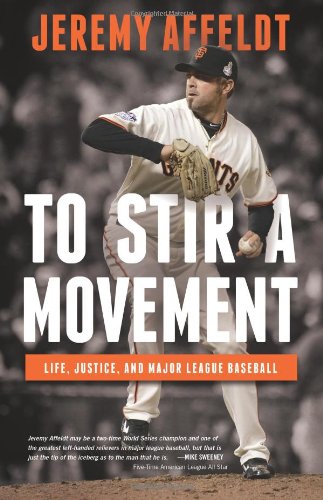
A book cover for To Stir a Movement: Life, Justice, and Major League Baseball; Jeremy Affeldt; Biographies & Memoirs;